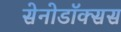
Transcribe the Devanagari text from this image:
सेनोडॉक्सस